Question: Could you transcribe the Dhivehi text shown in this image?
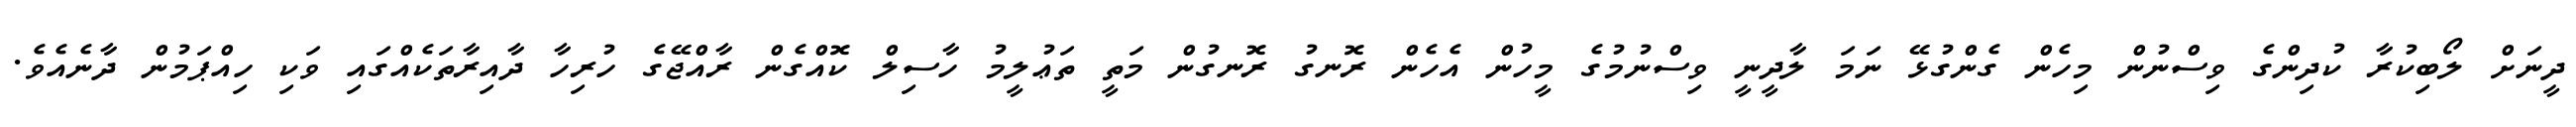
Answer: ދީނަށް ލޯބިކުރާ ކުދިންގެ ވިސްނުން މިހެން ގެންގުޅޭ ނަމަ ލާދީނީ ވިސްނުމުގެ މީހުން އެހެން ރޮނގު ރޮނގުން މަތީ ތަޢުލީމު ހާސިލް ކޮއްގެން ރާއްޖޭގެ ހުރިހާ ދާއިރާތަކެއްގައި ވަކި ހިއްޕަމުން ދާނެއެވެ.